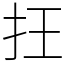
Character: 抂